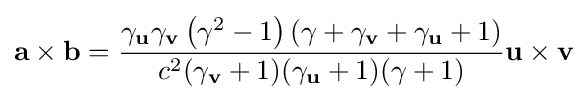
\mathbf {a} \times \mathbf {b} ={\frac {\gamma _{\mathbf {u} }\gamma _{\mathbf {v} }\left(\gamma ^{2}-1\right)(\gamma +\gamma _{\mathbf {v} }+\gamma _{\mathbf {u} }+1)}{c^{2}(\gamma _{\mathbf {v} }+1)(\gamma _{\mathbf {u} }+1)(\gamma +1)}}\mathbf {u} \times \mathbf {v}